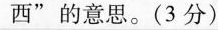
西”的意思。(3分)